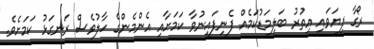
ރޯގާ ފިޔަވައި އިތުރު ބަލިމަޑުކަމެއް ފެނިފައިނުވާ ކަމަށާއި އެންމެންގެ ހާލުވެސް ރަނގަޅު ކަމަށެވެ.